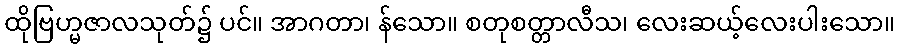
ထိုဗြဟ္မဇာလသုတ်၌ ပင်။ အာဂတာ၊ န်သော။ စတုစတ္တာလီသ၊ လေးဆယ့်လေးပါးသော။